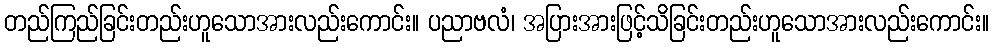
တည်ကြည်ခြင်းတည်းဟူသောအားလည်းကောင်း။ ပညာဗလံ၊ အပြားအားဖြင့်သိခြင်းတည်းဟူသောအားလည်းကောင်း။